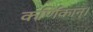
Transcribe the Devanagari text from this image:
कर्णिकान्‌।